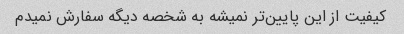
کیفیت از این پایین‌تر نمیشه به شخصه دیگه سفارش نمیدم